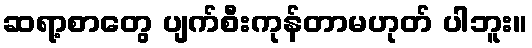
ဆရာ့စာတွေ ပျက်စီးကုန်တာမဟုတ် ပါဘူး။